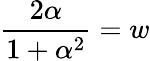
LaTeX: {\frac{2\alpha}{1+\alpha^{2}}}=w